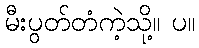
မီးပွတ်တံကဲ့သို့။ ပ။